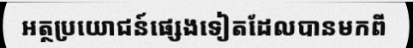
អត្ថប្រយោជន៍ផ្សេងទៀតដែលបានមកពី